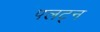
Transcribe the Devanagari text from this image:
पलट्न